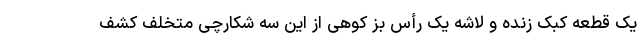
یک قطعه کبک زنده و لاشه یک رأس بز کوهی از این سه شکارچی متخلف کشف